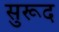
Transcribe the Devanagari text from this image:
सुरूद